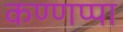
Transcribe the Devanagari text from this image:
कण्णप्पा